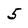
Character: 5